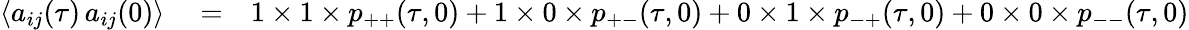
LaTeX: \begin{array}{rlr}{\langle a_{ij}(\tau)\, a_{ij}(0)\rangle}&{{}=}&{1\times 1\times p_{++}(\tau,0)+1\times 0\times p_{+-}(\tau,0)+0\times 1\times p_{-+}(\tau,0)+0\times 0\times p_{--}(\tau,0)}\end{array}